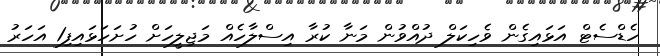
ހެޑްސެޓް އަޅައިގެން ވެހިކަލް ދުއްވުން މަނާ ކުރާ އިސްލާހެއް މަޖިލީހަށް ހުށަހަޅައިފި1 އަހަރު